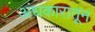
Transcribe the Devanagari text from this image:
अंधकारातून